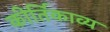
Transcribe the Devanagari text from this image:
कीर्तिकाव्य